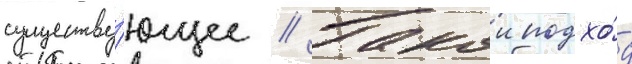
существу́ющее // Такои подхо́д